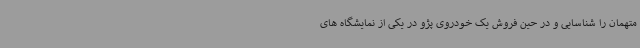
متهمان را شناسایی و در حین فروش یک خودروی پژو در یکی از نمایشگاه های